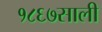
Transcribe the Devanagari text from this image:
१८६७साली